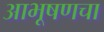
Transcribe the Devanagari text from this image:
आभूषणचा